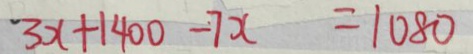
3 x + 1 4 0 0 - 7 x = 1 0 8 0